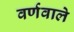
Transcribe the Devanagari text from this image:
वर्णवाले